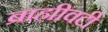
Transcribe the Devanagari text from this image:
ब्राह्मीवटी